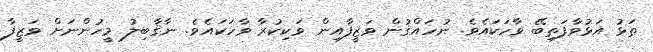
ތަޅު އަޅުވާފަތިބޭ ވާހަކައެވެ. ނުހައްޤުން ވަޒީފާއިން ވަކިކުރާ ވާހަކައެވެ. ނާޤާބިލު މީހުންނަށް ވަޒީފާ